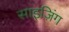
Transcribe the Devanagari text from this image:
साइज़िंग